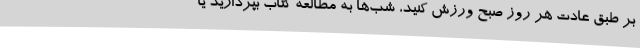
بر طبق عادت هر روز صبح ورزش کنید، شب‌ها به مطالعه کتاب بپردازید یا